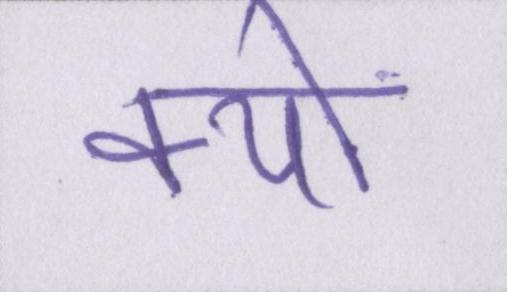
क्यों